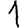
Digit: 1